Annual vaccination report of Bihar and Orissa - 1911-1928
Year: 1911
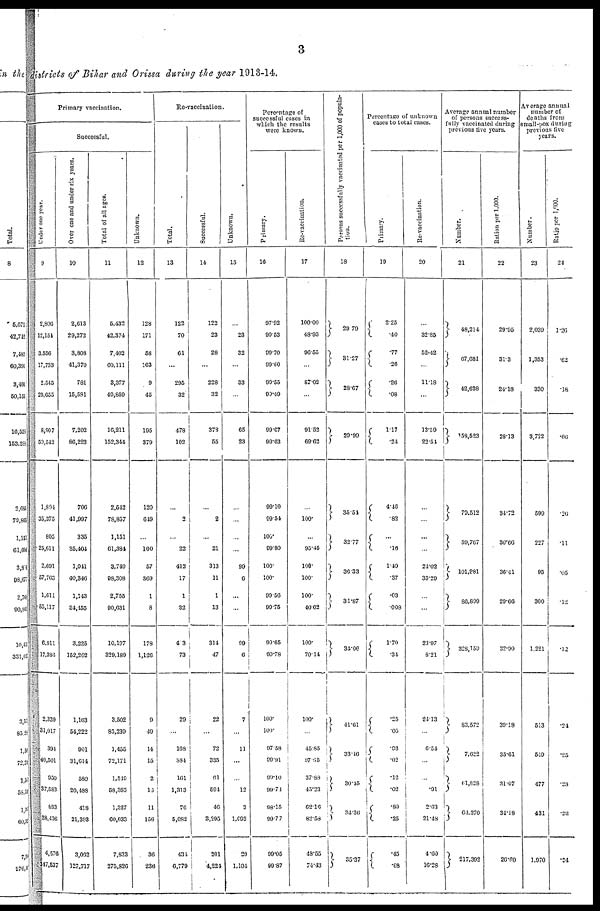
3
districts of Bihar and Orissa during the year 1913-14.
Primary vaccination.
Successful.
Under one year.
9
2,806
12,154
3,556
17,733
2,515
29,355
8,967
59,542
1,804
35,375
805
25,611
2,691
57,763
1,611
55,117
6,911
17,380
2,339
31,017
394
40,501
950
37,583
893
38.436
4,570
147,537
Over one and under six years.
10
2,613
29,272
3,808
41,370
781
15,581
7,202
86,223
706
41,997
335
35,404
1,041
40,346
1,143
84,455
3,225
152,202
1,163
54,222
901
31,614
580
20,488
418
21,393
3,062
127,717
Total of all ages.
11
5,432
42,374
7,402
60,111
8,377
40,859
10,211
152,344
2,542
78,857
1,151
61,384
3,749
98,308
2,755
90,631
10,107
329,180
3,502
85,239
1,455
72,171
1,549
58,383
1,327
00,033
7,833
275,826
Unknown.
12
128
171
58
163
9
45
195
379
120
619
...
100
57
360
1
8
178
1,126
9
49
14
15
2
16
11
156
36
236
Re-vaccination.
Total.
13
122
70
61
...
295
32
478
102
...
2
...
22
412
17
1
32
4.3
73
29
...
168
384
161
1,313
76
5,083
431
6,779
Successful.
14
122
23
28
...
228
32
373
55
...
2
...
21
313
11
1
13
314
47
22
...
72
335
61
594
40
3,295
201
4,224
Unknown.
15
...
23
32
...
33
...
65
23
...
...
...
...
99
6
...
...
99
6
7
...
11
...
...
12
2
1,692
20
1,104
Percentage of
successful cases in
which the results
were known.
Primary.
16
97.92
99.53
99.70
99.80
99.55
99.49
99.07
99.63
99.10
99.54
106.
99.80
100.
100.
99.56
99.75
99.65
99.78
100.
100.
97.58
99.91
99.10
99.74
98.15
90'77
90.05
99.87
Re-vaccination.
17
100.00
48.93
96.55
...
87.02
91.52
69.62
...
100.
...
95.45
100.
100.
100.
40.62
100.
70.14
100.
...
45.85
97.65
37.88
43.23
62.16
82.58
48.55
74.43
Persons successfully vaccinated per 1,000 of popula-
tion.
18
29.79
31.27
28.67
29.99
35.54
32.77
36.33
31.87
34.06
41.61
33.16
30.45
34.36
35.37
Percentage of unknown
cases to total cases.
Primary.
19
2.25
.40
.77
.26
.26
.08
1.17
.24
4.46
.82
...
.16
1.49
.37
.03
.008
1.70
.31
.25
.05
.03
.02
.12
.02
.80
.25
.45
.08
Re-vaccination.
20
32.85
62.42
...
11.18
...
13.59
22.51
...
...
...
...
21.02
35.29
...
...
23.97
8.21
24.13
...
6.54
...
...
.91
2.63
21.48
4.60
16.28
Average annual number
of persons success-
fully vaccinated during
previous five years.
Number.
21
48,214
67,681
42,628
158,523
79,512
59,767
101,981
86,899
328,159
83,572
7,622
61,628
64,370
217,302
Ration per 1,000.
22
29.95
31.3
24.18
28.13
34.72
30.66
36.41
29.66
32.00
39.18
35.61
31.07
34.18
20.69
Average annual
number of
deaths from
small-pox during
previous five
years.
Number.
23
2,039
1,353
330
3,722
599
227
95
300
1,221
513
540
477
431
1,970
Ratio per 1 ,000.
24
1.26
.62
.18
.66
.26
.11
.05
.12
.12
.24
.25
.23
.22
.24